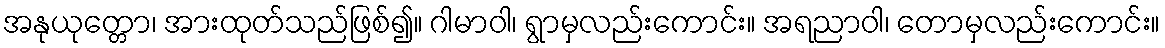
အနုယုတ္တော၊ အားထုတ်သည်ဖြစ်၍။ ဂါမာဝါ၊ ရွာမှလည်းကောင်း။ အရညာဝါ၊ တောမှလည်းကောင်း။